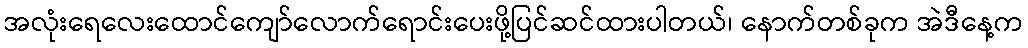
အလုံးရေလေးထောင်ကျော်လောက်ရောင်းပေးဖို့ပြင်ဆင်ထားပါတယ်၊ နောက်တစ်ခုက အဲဒီနေ့က